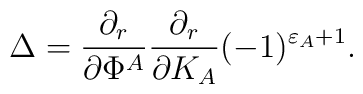
\Delta={\partial _r\over \partial \Phi^A}{\partial_r\over \partial K_A}(-1)^{\varepsilon_A+1}.